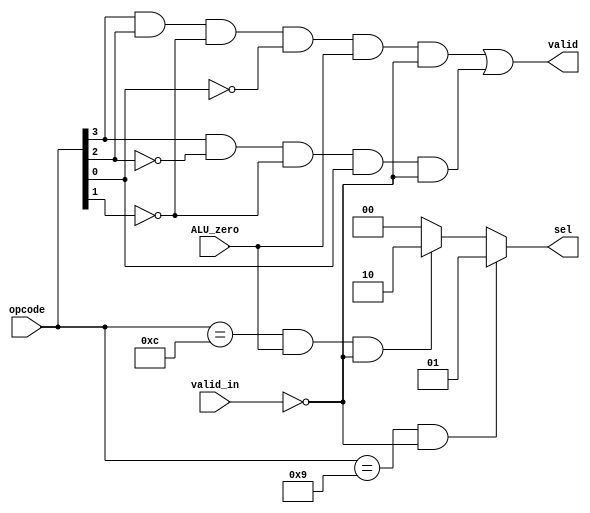
module EX_hazard(valid_in,opcode,ALU_zero,sel,valid );
input valid_in;
input [3:0] opcode;
input ALU_zero;//
output [1:0] sel;
output valid;
reg [1:0] sel;
assign valid = (opcode[3]&opcode[2]&~opcode[1]&~opcode[0]&ALU_zero&~valid_in) | (opcode[3]&~opcode[2]&~opcode[1]&opcode[0]&~valid_in) ;  // BEQ JLR
always@(opcode,ALU_zero,valid_in)
begin
if ((opcode == 4'b1001) && (~valid_in))
sel <= 2'b01;
else if ((opcode == 4'b1100) && ALU_zero && (~valid_in))  //  i have dought that ALU_zero take time , and before it is computed it will generate select line output and corresponding signal is bypassed by mux. 
sel <= 2'b10;  
else
sel <= 2'b00;
end 
endmodule